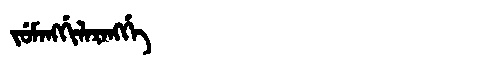
Manchu: ᠵᡠᠮᠠᠩᡤᡳᠯᠠᡵᠠᠩᡤᡝ
Romanization: JUMANGGILARANGGE